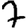
Digit: 7